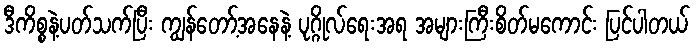
ဒီကိစ္စနဲ့ပတ်သက်ပြီး ကျွန်တော့်အနေနဲ့ ပုဂ္ဂိုလ်ရေးအရ အများကြီးစိတ်မကောင်း ပြင်ပါတယ်